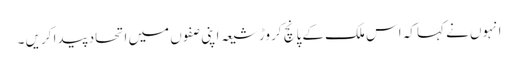
انہوں نے کہا کہ اس ملک کے پانچ کروڑ شیعہ اپنی صفوں میں اتحاد پیدا کریں ۔